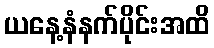
ယနေ့နံနက်ပိုင်းအထိ